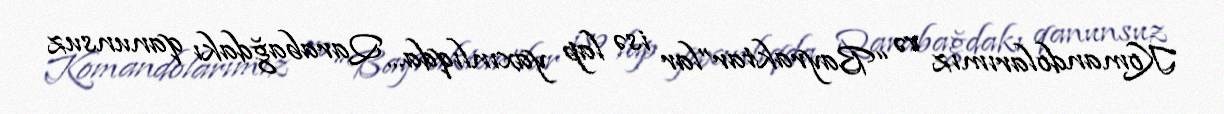
Komandolarımız və “Bayraktar”lar isə lap yaxınlıqda... Qarabağdakı qanunsuz